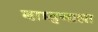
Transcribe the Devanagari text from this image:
बाम्हणाला